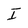
Character: I